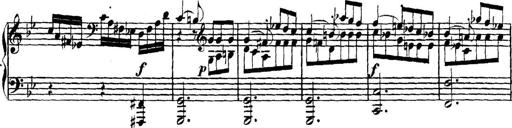
Title: Collected Piano Sonatas
Composer: Muzio Clementi